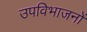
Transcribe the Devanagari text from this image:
उपविभाजनों